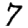
Digit: 7